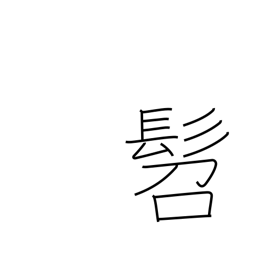
Meaning: small child